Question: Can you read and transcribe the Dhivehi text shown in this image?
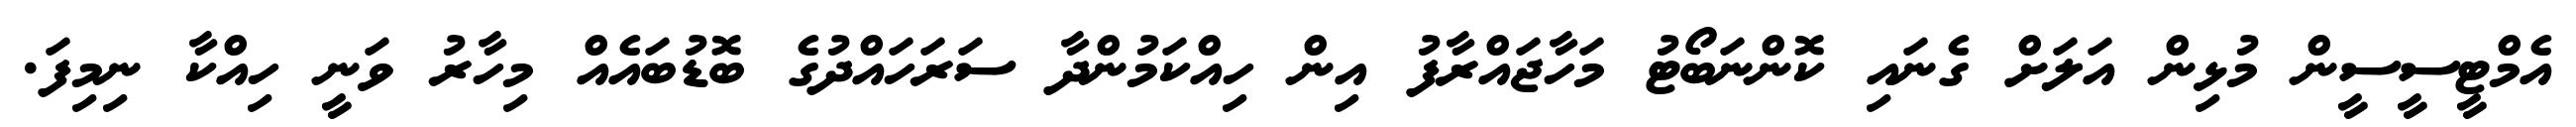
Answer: އެމްޓީސީސީން މުޅިން އަލަށް ގެނައި ކޮންނަބޯޓު މަހާޖައްރާފު އިން ހިއްކަމުންދާ ސަރަހައްދުގެ ބޮޑުބައެއް މިހާރު ވަނީ ހިއްކާ ނިމިފަ.